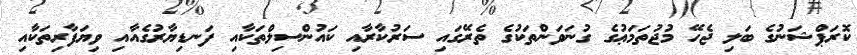
ކޮރަޕްޝަނުގެ ބަލި ޖެހޭ މުޖުތަމަޢުގެ ގުނަވަންތަކުގެ ތެރޭގައި ސަރުކާރާއި ކައުންސިލްތަކާއި ފަނޑިޔާރުގެއާއި ވިޔަފާރިތަކާއި